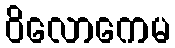
ဝိလောကေမ